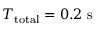
T _ { \mathrm { t o t a l } } = 0 . 2 \mathrm { ~ s ~ }